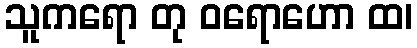
သူကရော တု ဝရောဟော ထ၊